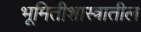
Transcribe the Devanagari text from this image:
भूमितीशास्त्रातील